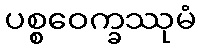
ပစ္စဝေက္ခဿုမံ